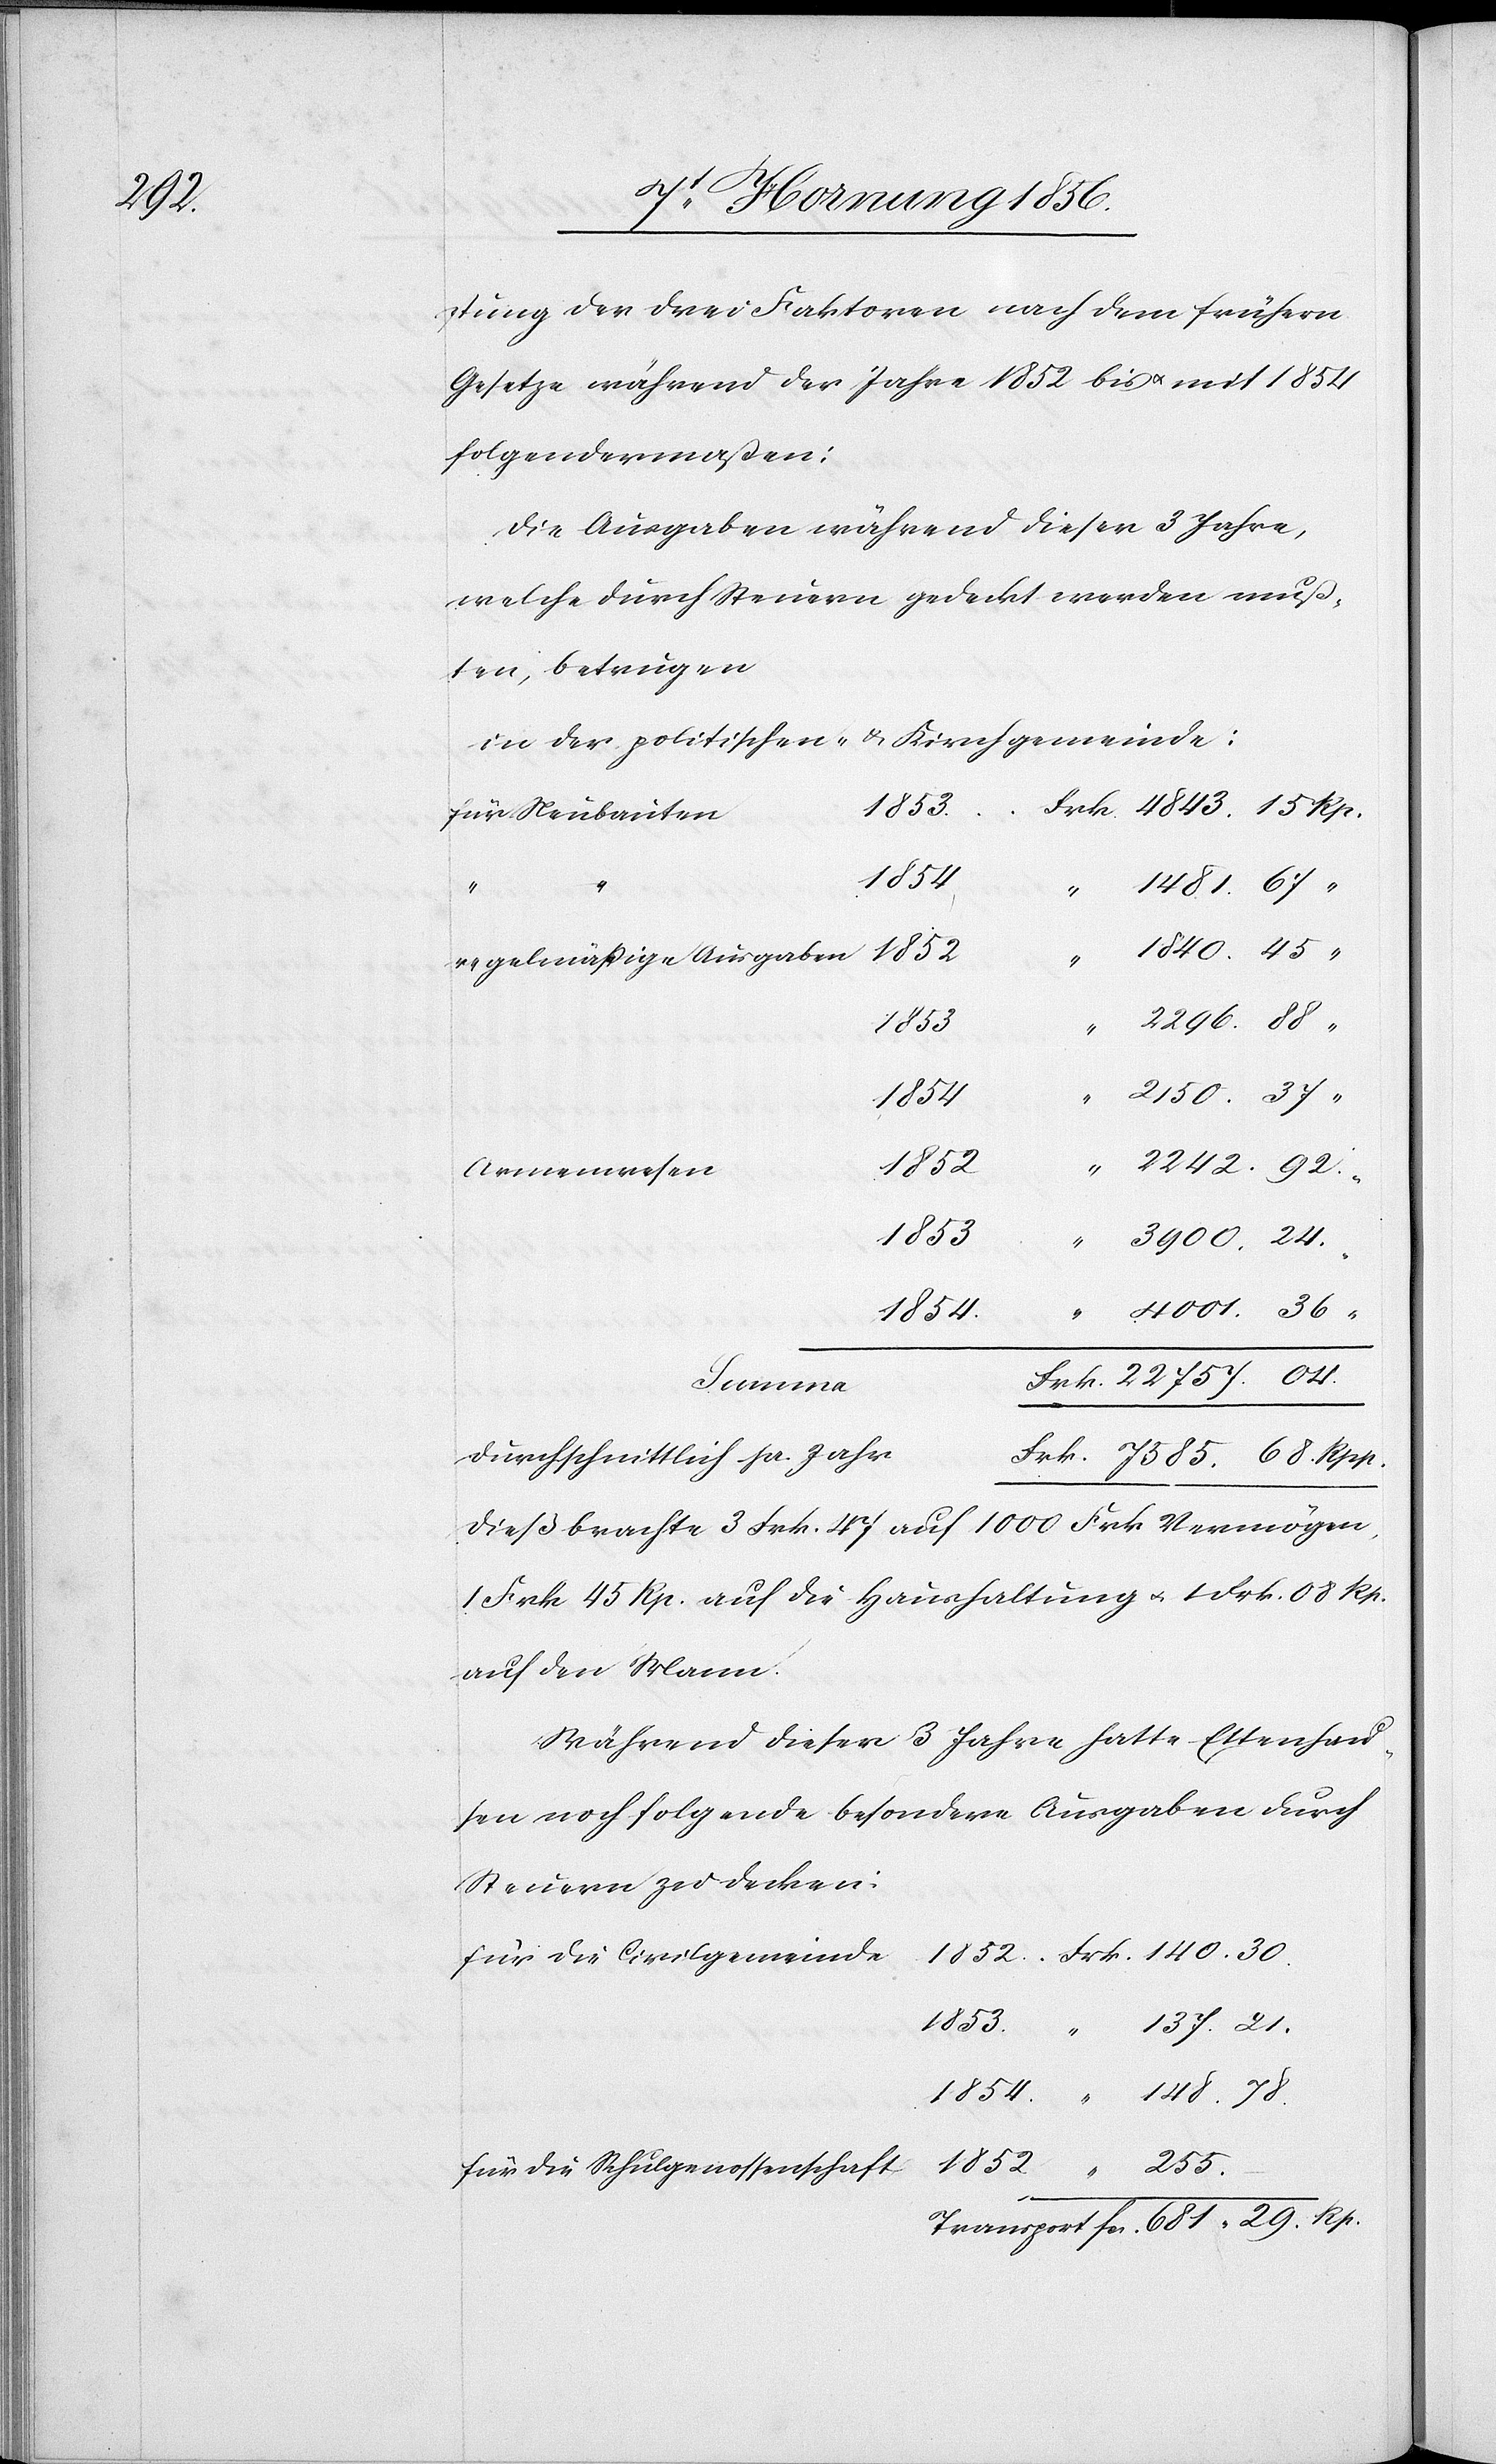
78.

Neubauten
stung der drei Faktoren nach dem frühern
Gesetze während der Jahre 1852 bis u. mit 1854
folgendermaßen:
Die Ausgaben während dieser 3 Jahre,
welche durch Steuern gedeckt werden muß¬
ten, betrugen
in der politischen- & Kirchgemeinde:
1853.
1854.
1852
regelmäßige Ausgaben
255.
137.
4843.
Armenwesen
1853
Frk.
04.
Summa
durchschnittlich pr. Jahr
Dieß brachte 3 Frk. 47 auf 1000 Frk Vermögen,
1 Frk 45 Rp. auf die Haushaltung u. 1 Frk. 08 Rp.
auf den Mann.
Während dieser 3 Jahre hatte Ettenhau¬
sen noch folgende besondere Ausgaben durch
Steuern zu decken:
für die Civilgemeinde
für die Schulgenossenschaft